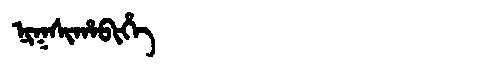
Manchu: ᠨᡳᡴᠰᡳᡥᠠᠪᡳᡥᡝ
Romanization: NIKSIHABIHE